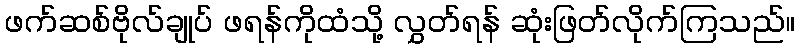
ဖက်ဆစ်ဗိုလ်ချုပ် ဖရန်ကိုထံသို့ လွှတ်ရန် ဆုံးဖြတ်လိုက်ကြသည်။